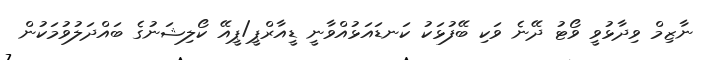
ނާޒިމް ވިދާޅުވީ ވޯޓު ދޭނެ ވަކި ބޭފުޅަކު ކަނޑައަޅުއްވާނީ ޑީއާރްޕީ/ޕީއޭ ކޯލިޝަނުގެ ބައްދަލުވުމަކުން